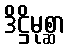
ဒိဋ္ဌိမုစ္ဆာ